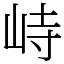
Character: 峙